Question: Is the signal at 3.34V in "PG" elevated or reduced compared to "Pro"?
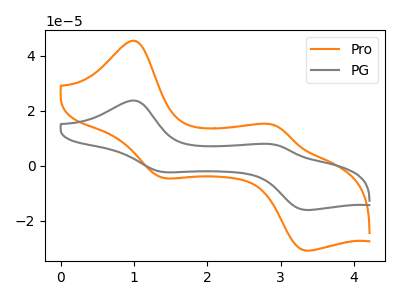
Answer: <think>The orange curve "Pro" has anodic peaks at (1.00V, 45.35uA) (2.90V, 14.70uA) and cathodic peaks at (1.40V, -4.45uA) (3.35V, -30.85uA). The gray curve "PG" has anodic peaks at (1.00V, 23.65uA) (2.90V, 7.65uA) and cathodic peaks at (1.40V, -2.35uA) (3.35V, -16.10uA).</think>
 <answer>The peak at 3.34V is lower in "PG" than in "Pro".</answer>
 <eval>lower</eval>